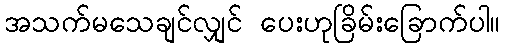
အသက်မသေချင်လျှင် ပေးဟုခြိမ်းခြောက်ပါ။